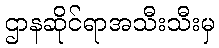
ဌာနဆိုင်ရာအသီးသီးမှ